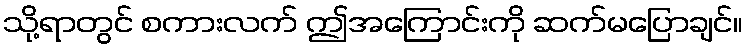
သို့ရာတွင် စကားလက် ဤအကြောင်းကို ဆက်မပြောချင်။